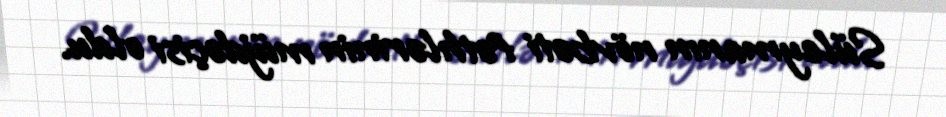
Süleymanın növbəti fəthlərinin müjdəçisi oldu.